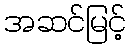
အဆင်မြင့်